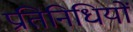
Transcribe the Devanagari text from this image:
प्रतिनिधियों